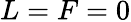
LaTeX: L=F=0